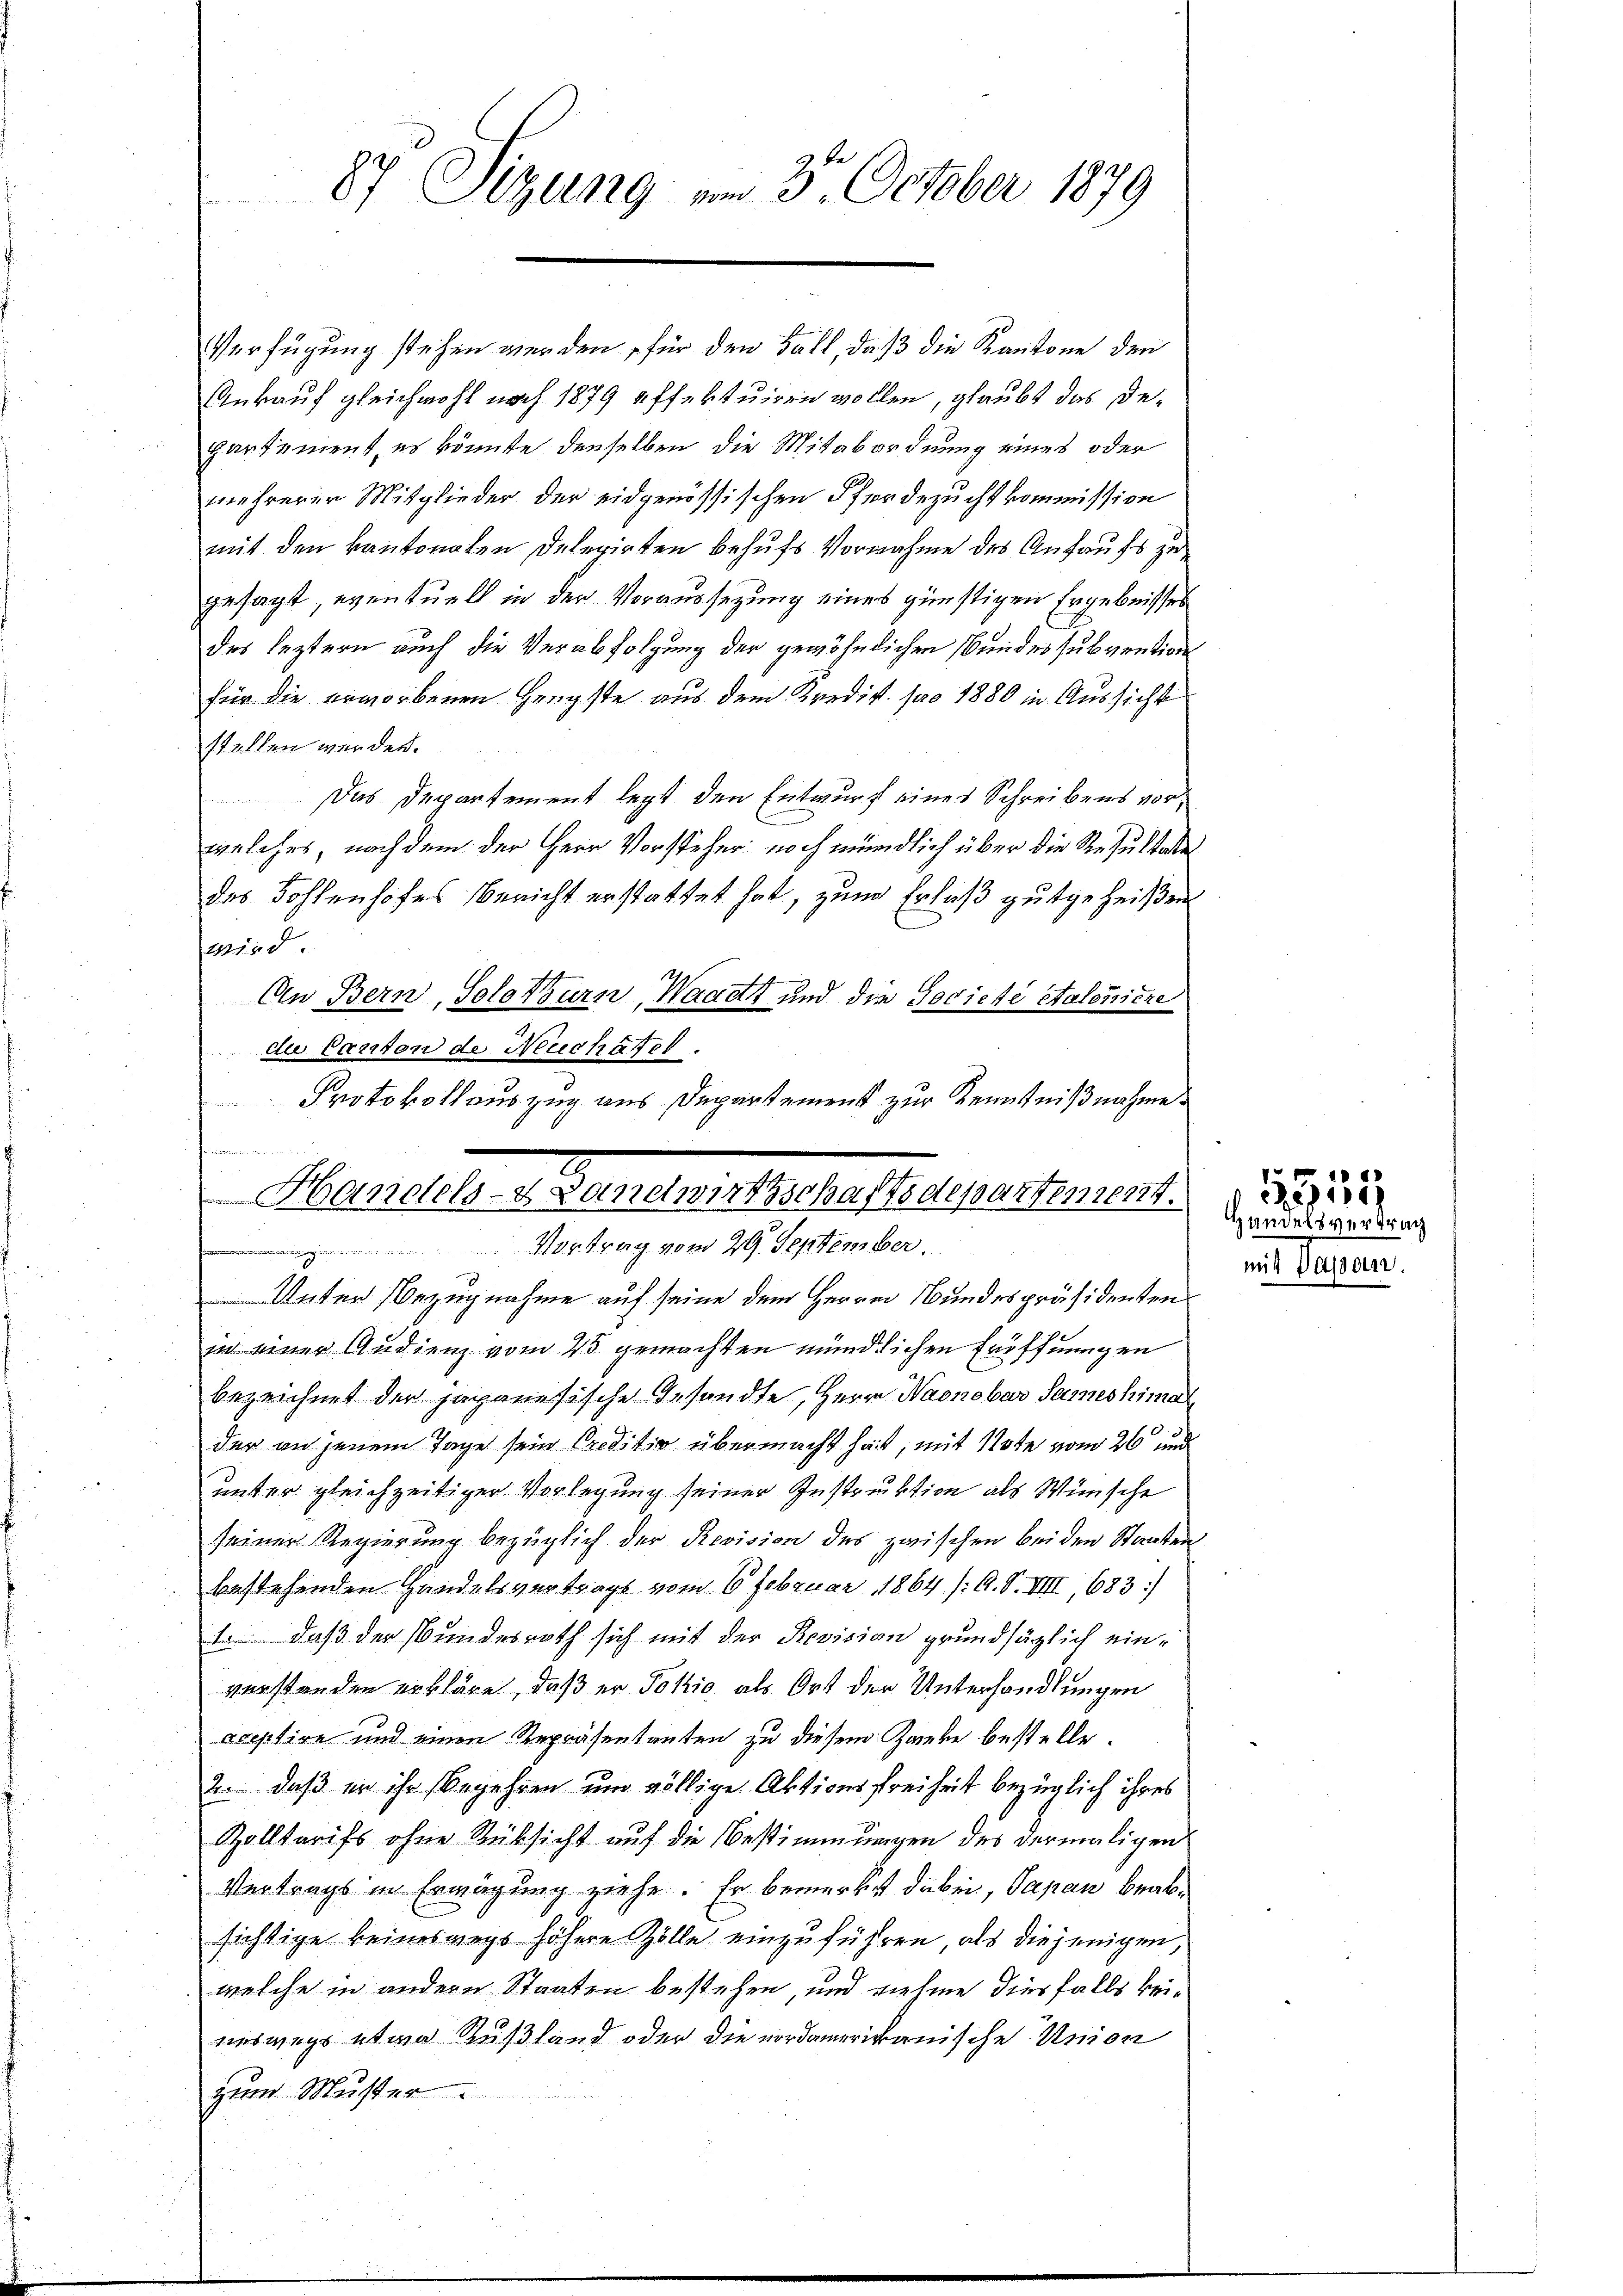
87 Sizung am 3. October 1879

Verfügung stehen werden, für den Fall, daß die Kantone den
Ankauf gleichwohl nach 1879 effektuiren wollen, glaubt das Departement, es könnte denselben die Mitabordnung eines oder
mehrerer Mitglieder der eidgenössischen Pferdezucht kommission
mit den kantonalen deferirten Behufs Vornahme des Anfaufs zu
gesagt, eventuell in der Voraussezung eines günstigen Ergebnisses
des leztern auch die Verabfolgung der gewöhnlichen Bundes subvention
für die erworbenen Hengste aus dem Kredit pro 1880 in Aussicht
stallen werden.
 Das Departement legt den Entwurf eines Schreibens vorwelches, nach dem der Herr Vorsteher noch mündlich über die Resultate
das Sohlenhofes Bericht erstattet hat, zum Erlaß gutgeheißen
wird
An Bern, Solothurn, Waadt und die Societe Saloniere
die Canton de Necechäftet.
Protokollauszug aus Departement zur Kenntnißnahme

t
Handels- & Landwirtschaftsdepartement.
Vortrag vom 29. September.

Unter Bezugnahme auf seine dem Herren Bundespräsidenten
in einer Audienz vom 25 gemachten mündlichen Eröffnungen
bezeichnet der japanesische Gesandte, Herr Naonobar Sames himal
der an jenem Tage sein Creditio übermacht hat, mit Note vom 26 und
unter gleichzeitiger Vorlegung seiner Instruktion als Wünsche
seiner Regierung bezüglich der Revision des zwischen bei den Staaten
bestehenden Handelsvertrags vom 6. Februar 1864 /: A. S. VIII, 683:
1. daß der Bundesrath sich mit der Revision grundsätzlich einverstanden erkläre, daß er Jokić als Ort der Unterhandlungen
eceptire und einen Repräsentanten zu diesem Zanke bestelle.
2. daß er ihr Begehren um völlige Aktionsfreiheit bezüglich ihres
Zolltarifs ohne Rüksicht auf die Bestimmungen des dermaligen
Vertrags in Erwägung ziehe. Er bemerkt dabei, Papan beabsichtige keineswegs höhere Zölle einzuführen, als diejenigen
welche in andern Staaten bestehen, und nehme diesfalls keineswegs etwa Rußland oder die nordamerikanische Union
zum Muster

Handelsvertrag
it Peten.

1555